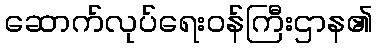
ဆောက်လုပ်ရေးဝန်ကြီးဌာန၏